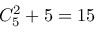
C _ { 5 } ^ { 2 } + 5 = 1 5